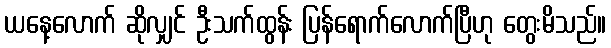
ယနေ့လောက် ဆိုလျှင် ဦးသက်ထွန်း ပြန်ရောက်လောက်ပြီဟု တွေးမိသည်။